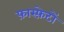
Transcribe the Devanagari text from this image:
फ़ास्फ़ेटों